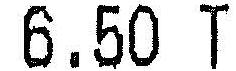
6.50 T